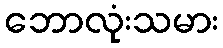
ဘောလုံးသမား